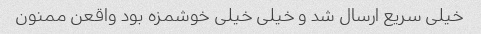
خیلی سریع ارسال شد و خیلی خیلی خوشمزه بود واقعن ممنون